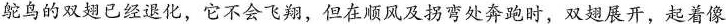
鸵鸟的双翅已经退化，它不会飞翔，但在顺风及拐弯处奔跑时，双翅展开，起着像